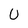
Character: U